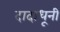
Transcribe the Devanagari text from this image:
दादाधूनी